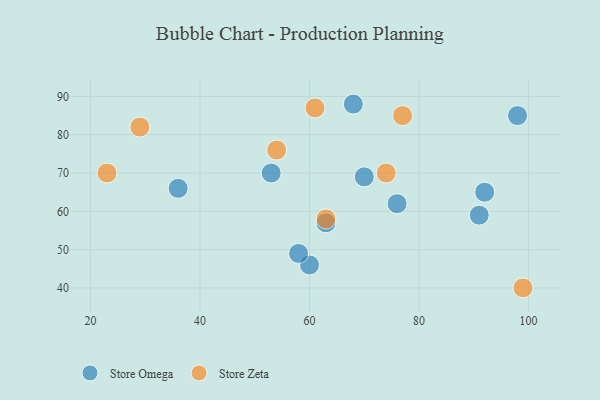
{"axis": {"x": "GDP", "y": "Life Expectancy"}, "legend": ["Store Omega", "Store Zeta"], "data": [{"x": "53", "y": 70, "type": "Store Omega"}, {"x": "68", "y": 88, "type": "Store Omega"}, {"x": "60", "y": 46, "type": "Store Omega"}, {"x": "70", "y": 69, "type": "Store Omega"}, {"x": "63", "y": 57, "type": "Store Omega"}, {"x": "36", "y": 66, "type": "Store Omega"}, {"x": "58", "y": 49, "type": "Store Omega"}, {"x": "91", "y": 59, "type": "Store Omega"}, {"x": "92", "y": 65, "type": "Store Omega"}, {"x": "98", "y": 85, "type": "Store Omega"}, {"x": "76", "y": 62, "type": "Store Omega"}, {"x": "99", "y": 40, "type": "Store Zeta"}, {"x": "29", "y": 82, "type": "Store Zeta"}, {"x": "74", "y": 70, "type": "Store Zeta"}, {"x": "61", "y": 87, "type": "Store Zeta"}, {"x": "77", "y": 85, "type": "Store Zeta"}, {"x": "54", "y": 76, "type": "Store Zeta"}, {"x": "63", "y": 58, "type": "Store Zeta"}, {"x": "23", "y": 70, "type": "Store Zeta"}]}